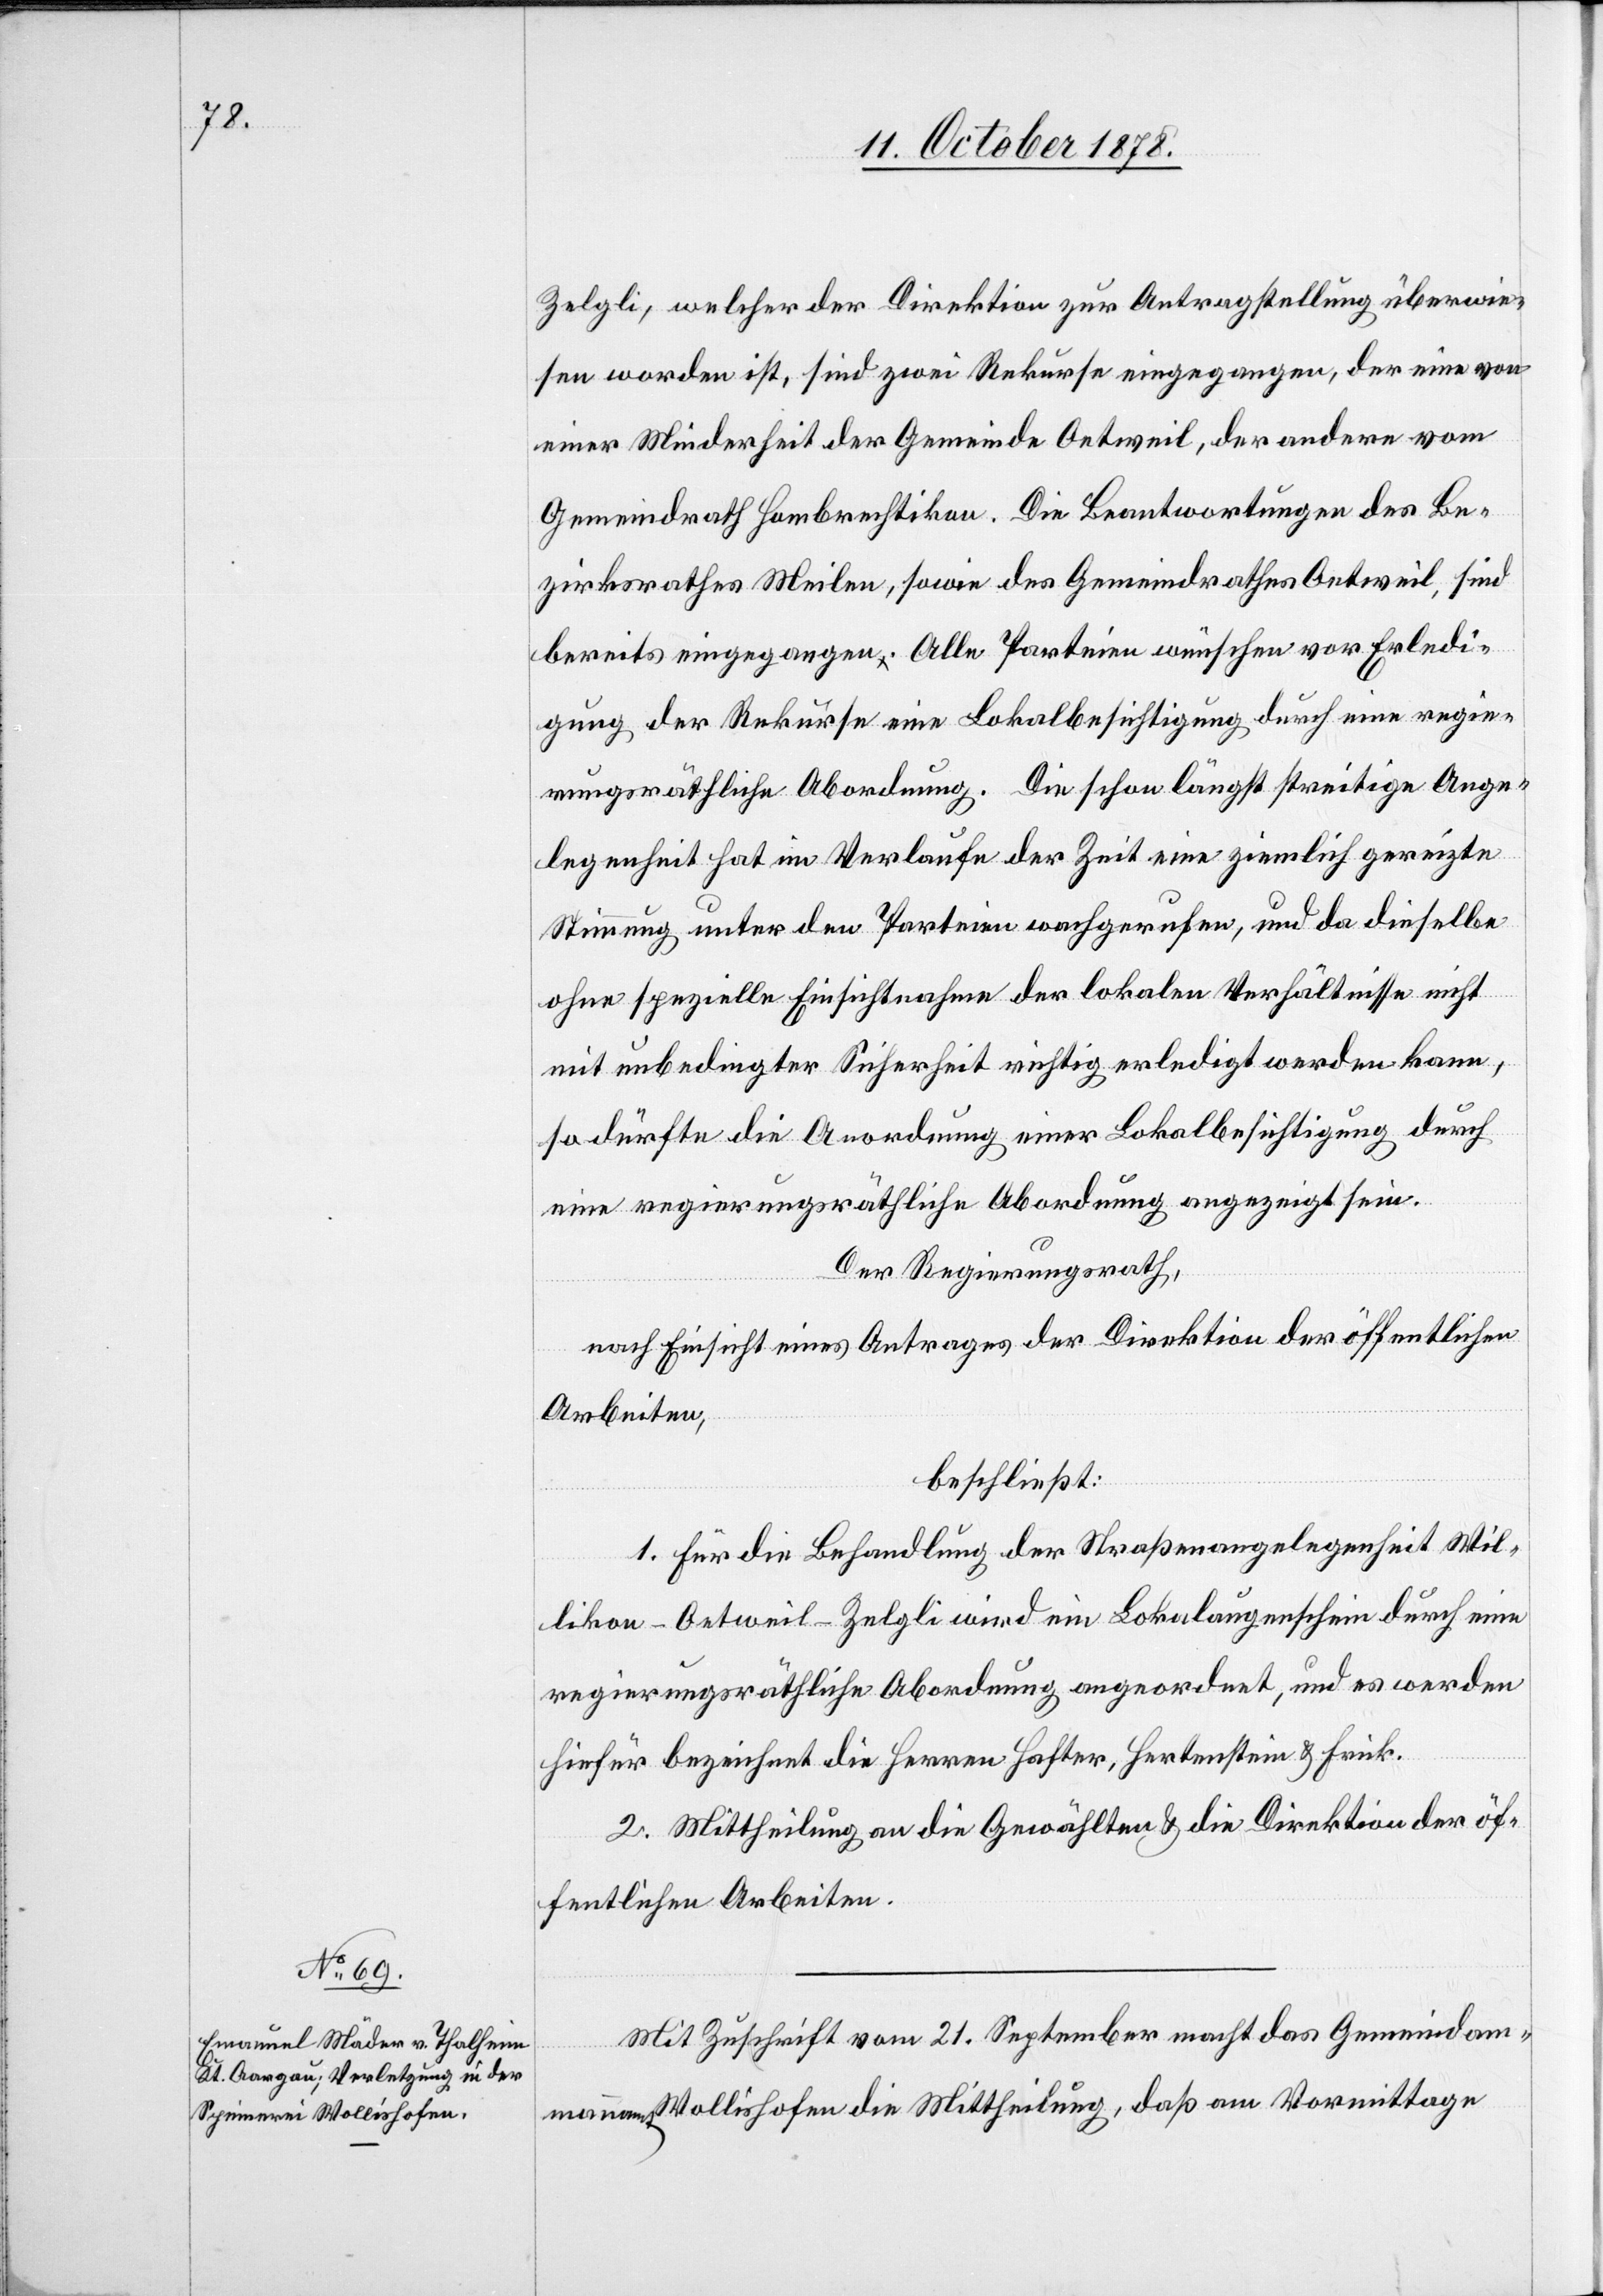
Zelgli, welcher der Direktion zur Antragstellung überwie¬
sen worden ist, sind zwei Rekurse eingegangen, der eine von
einer Minderheit der Gemeinde Oetweil, der andere vom
Gemeindrath Hombrechtikon. Die Beantwortungen des Be¬
zirksrathes Meilen, sowie des Gemeindrathes Oetweil, sind
bereits eingegangen. Alle Parteien wünschen vor Erledi¬
gung der Rekurse eine Lokalbesichtigung durch eine regie¬
rungsräthliche Abordnung. Die schon längst streitige Ange¬
legenheit hat im Verlaufe der Zeit eine ziemlich gereizte
Stimmung unter den Parteien wachgerufen, und da dieselbe
ohne spezielle Einsichtnahme der lokalen Verhältnisse nicht
mit unbedingter Sicherheit richtig erledigt werden kann,
so dürfte die Anordnung einer Lokalbesichtigung durch
eine regierungsräthliche Abordnung angezeigt sein.
Der Regierungsrath,
nach Einsicht eines Antrages der Direktion der öffentlichen
Arbeiten,
beschließt:
1. Für die Behandlung der Straßenangelegenheit Wil¬
likon–Oetweil–Zelgli wird ein Lokalaugenschein durch eine
regierungsräthliche Abordnung angeordnet, und es werden
hiefür bezeichnet die Herren Hafter, Hertenstein & Frick.
2. Mittheilung an die Gewählten & die Direktion der öf¬
fentlichen Arbeiten.
Mit Zuschrift vom 21. September macht das Gemeindam¬
manamt Wollishofen die Mittheilung, daß am Vormittage